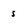
Character: s